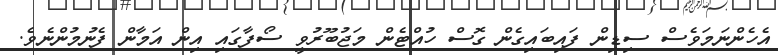
އެހެންނަމަވެސް ސިޑިން ފައިބައިގެން ގޮސް ހުއްޓެން މަޖުބޫރުވީ ސޯފާގައި އިން އަމާން ފެނުމުންނެވެ.